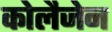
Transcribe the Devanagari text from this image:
कोलैजेन